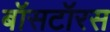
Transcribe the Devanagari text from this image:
बॉसटॉरस